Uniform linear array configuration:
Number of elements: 64
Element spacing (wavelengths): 0.75
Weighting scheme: hamming
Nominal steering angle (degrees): -60
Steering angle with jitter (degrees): -61.958
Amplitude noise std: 0.05
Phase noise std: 0.05

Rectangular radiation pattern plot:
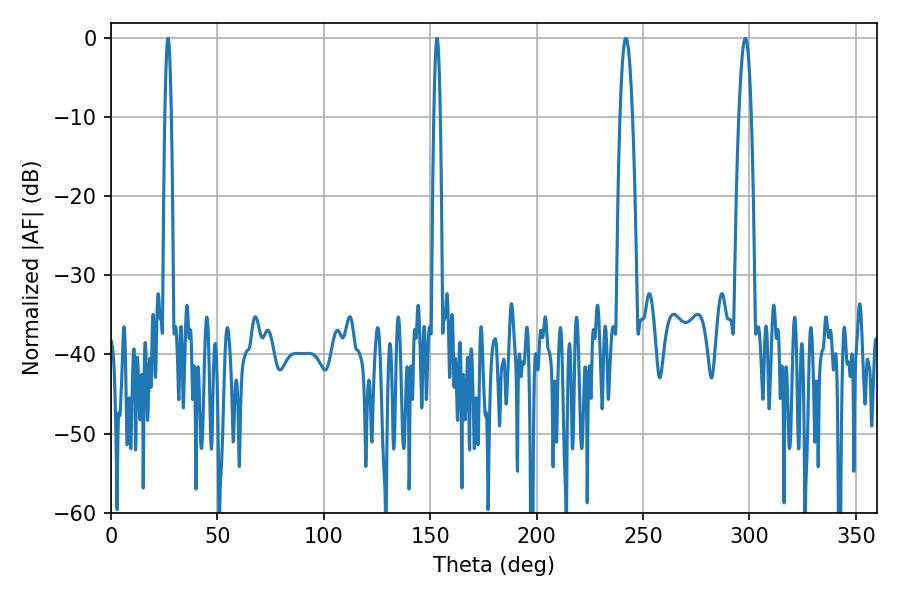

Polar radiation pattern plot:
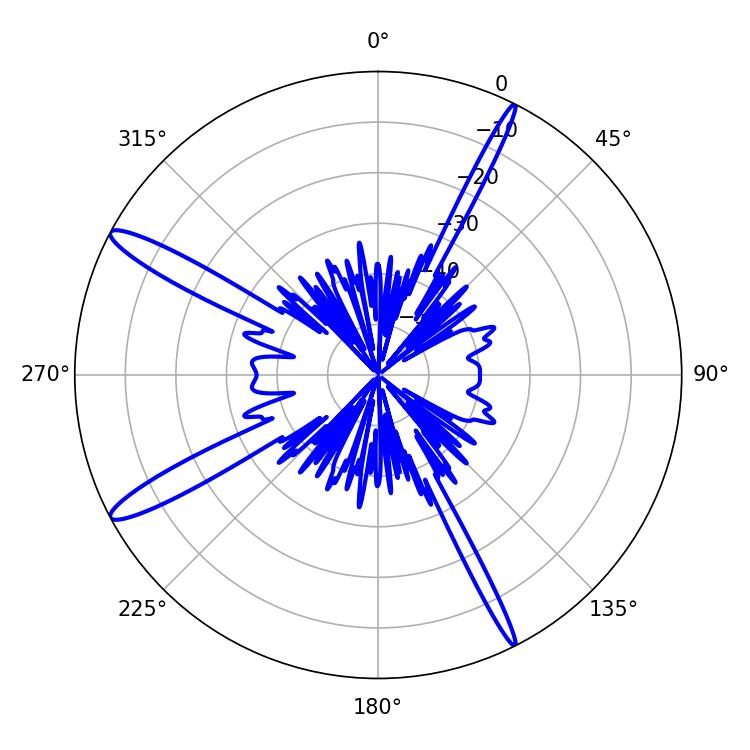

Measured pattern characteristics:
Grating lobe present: TRUE
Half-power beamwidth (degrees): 3.06
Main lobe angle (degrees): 241.92